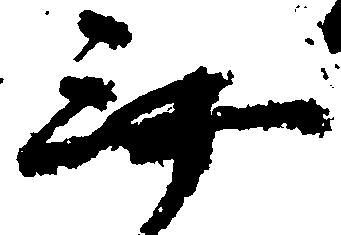
無